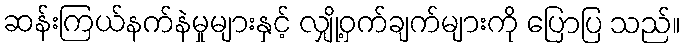
ဆန်းကြယ်နက်နဲမှုများနှင့် လျှို့ဝှက်ချက်များကို ပြောပြ သည်။